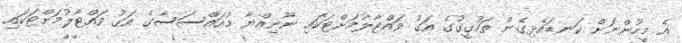
އެ މީހުންނަށް ކަނޑައެޅިގެން ތަހުގީގުގެ އަގު ވައްޓާލުމަށްޓަކައި ނޫނިއްޔާ މުއައްސަސާގެ އަގު ވައްޓާލުމަށްޓަކައި